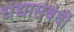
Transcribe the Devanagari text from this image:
धंद्यासंबंधीं